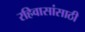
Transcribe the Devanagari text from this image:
रहिवासांसाठी